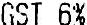
GST 6%